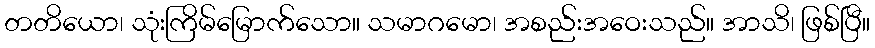
တတိယော၊ သုံးကြိမ်မြောက်သော။ သမာဂမော၊ အစည်းအဝေးသည်။ အာသိ၊ ဖြစ်ပြီ။